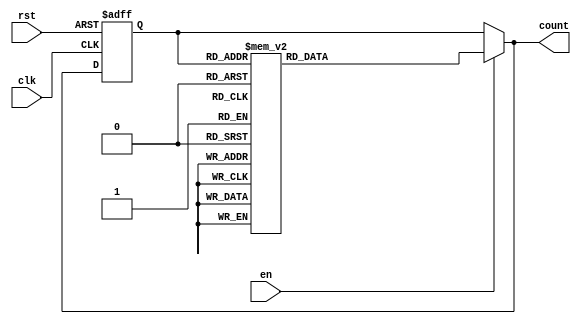
module GrayCounter (
  input wire clk,
  input wire rst,
  input wire en,
  output reg [3:0] count
);

// Flip-flops to store the current count value
reg [3:0] current_count;
always @(posedge clk or posedge rst) begin
  if (rst) begin
    current_count <= 4'b0;
  end else begin
    current_count <= count;
  end
end

// Logic gates to generate the next count value based on the current count
always @(*) begin
  if (en) begin
    case (current_count)
      4'b0000: count = 4'b0001;
      4'b0001: count = 4'b0011;
      4'b0011: count = 4'b0010;
      4'b0010: count = 4'b0110;
      4'b0110: count = 4'b0111;
      4'b0111: count = 4'b0101;
      4'b0101: count = 4'b0100;
      4'b0100: count = 4'b1100;
      4'b1100: count = 4'b1101;
      4'b1101: count = 4'b1111;
      4'b1111: count = 4'b1110;
      default: count = 4'b0000;
    endcase
  end else begin
    count = current_count;
  end
end

endmodule